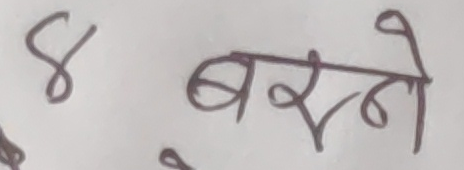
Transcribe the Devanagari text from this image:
४ बस्ने